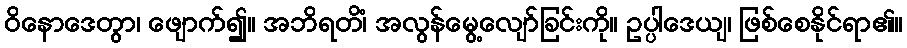
ဝိနောဒေတွာ၊ ဖျောက်၍။ အဘိရတိံ၊ အလွန်မွေ့လျော်ခြင်းကို။ ဥပ္ပါဒေယျ၊ ဖြစ်စေနိုင်ရာ၏။